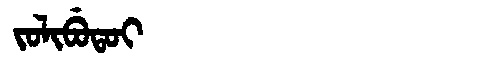
Manchu: ᠵᠣᠯᡳᠪᡠᡨᠣᡳ
Romanization: JOLIBUTOI